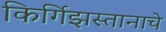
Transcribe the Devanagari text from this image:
किर्गिझस्तानाचे